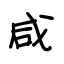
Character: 咸